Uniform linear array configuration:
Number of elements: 4
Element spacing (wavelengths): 0.75
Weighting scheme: hamming
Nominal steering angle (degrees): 60
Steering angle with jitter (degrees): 61.949
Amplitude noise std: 0.05
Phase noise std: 0.05

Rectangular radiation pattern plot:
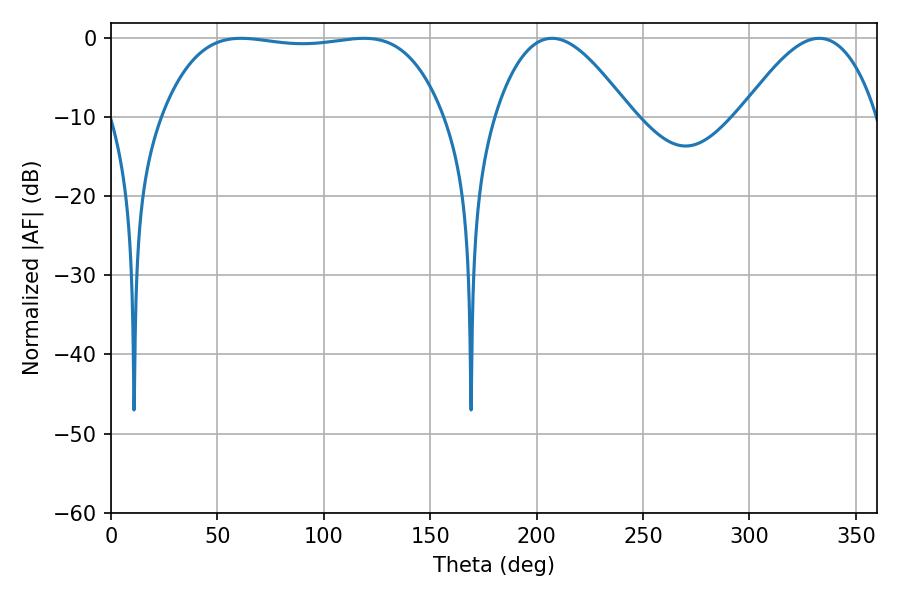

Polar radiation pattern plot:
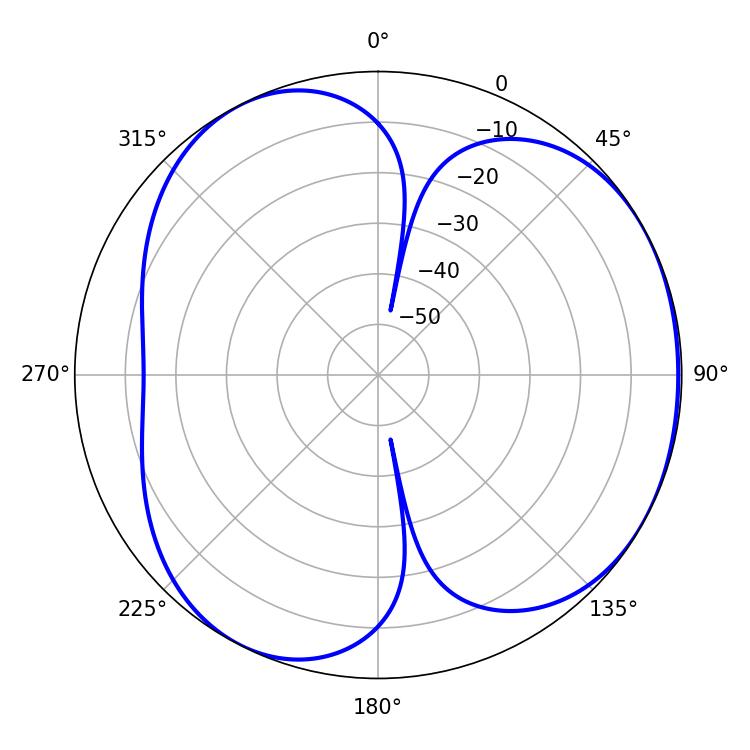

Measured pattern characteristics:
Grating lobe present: TRUE
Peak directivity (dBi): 3.93
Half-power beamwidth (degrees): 104.4
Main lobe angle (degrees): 61.2